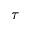
\tau